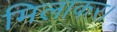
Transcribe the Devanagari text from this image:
मिलाकर।